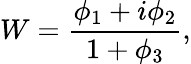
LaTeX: W=\frac{\phi_{1}+i\phi_{2}}{1+\phi_{3}},